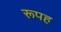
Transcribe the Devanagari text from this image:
रूपह